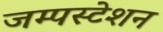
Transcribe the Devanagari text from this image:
जम्पस्टेशन